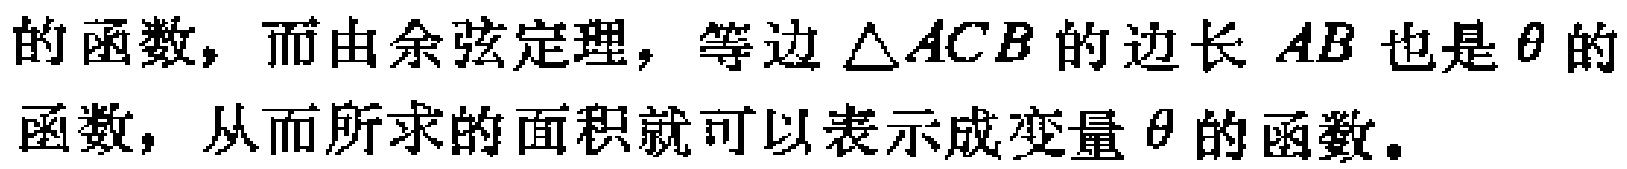
的函数，而由余弦定理，等边\(\triangle ACB\)的边长\(AB\)也是\(\theta\)的函数，从而所求的面积就可以表示成变量\(\theta\)的函数。